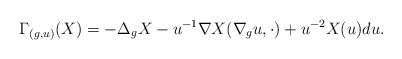
\begin{align*} \Gamma_{(g, u)} (X)= -\Delta_g X - u^{-1} \nabla X(\nabla_g u,\cdot) + u^{-2} X(u) du.\end{align*}